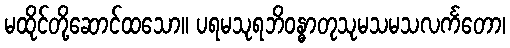
မထိုင်တို့ဆောင်ထသော။ ပရမသုရဘိဝန္ဓာတုသုမသမသလင်္ကတော၊